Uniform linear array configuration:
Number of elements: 4
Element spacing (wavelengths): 1
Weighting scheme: exponential
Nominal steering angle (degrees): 60
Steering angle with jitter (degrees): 59.577
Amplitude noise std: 0.05
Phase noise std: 0.05

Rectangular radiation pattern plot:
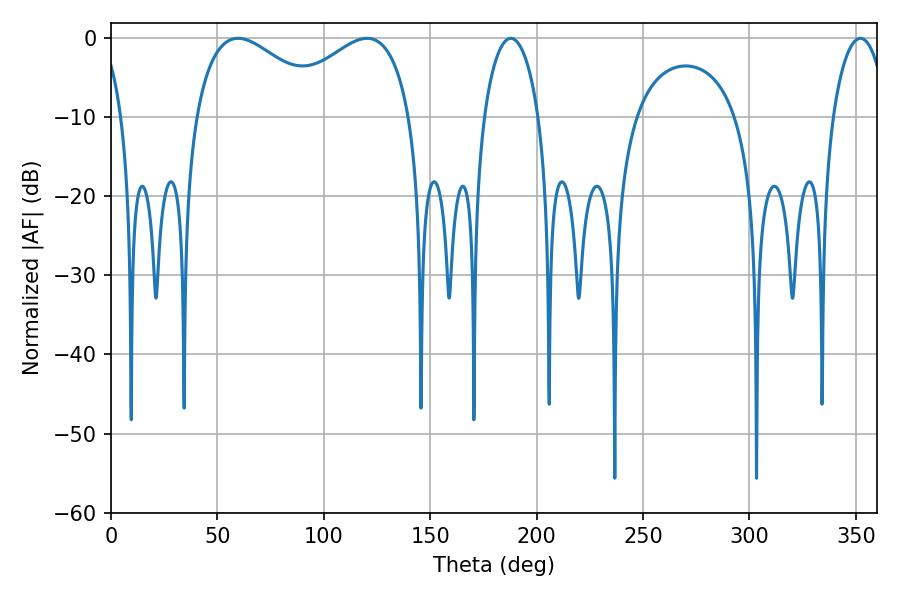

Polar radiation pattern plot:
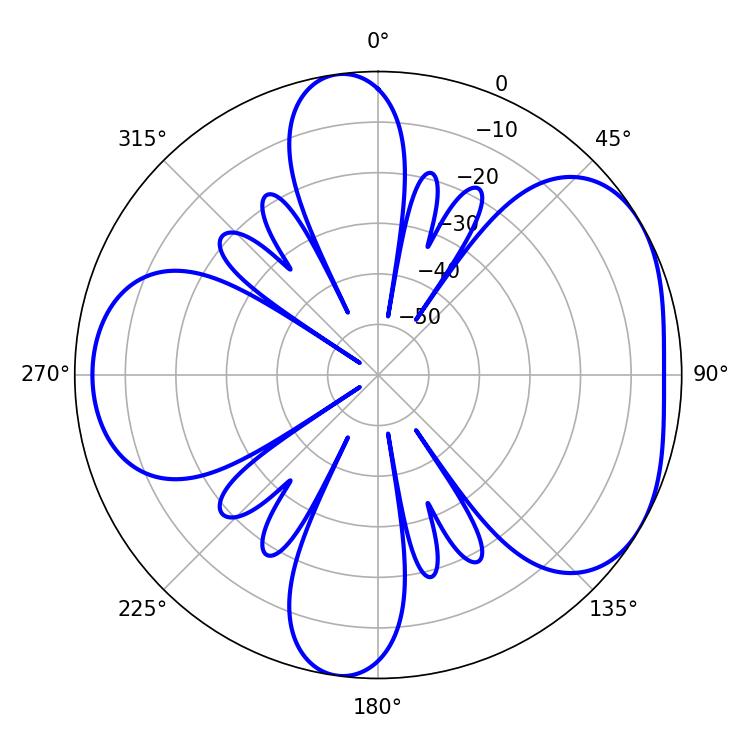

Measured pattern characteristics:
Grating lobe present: TRUE
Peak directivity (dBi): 4.627
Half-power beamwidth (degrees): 34.56
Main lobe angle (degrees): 59.76